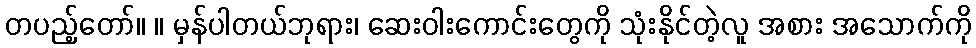
တပည့်တော်။ ။ မှန်ပါတယ်ဘုရား၊ ဆေးဝါးကောင်းတွေကို သုံးနိုင်တဲ့လူ အစား အသောက်ကို